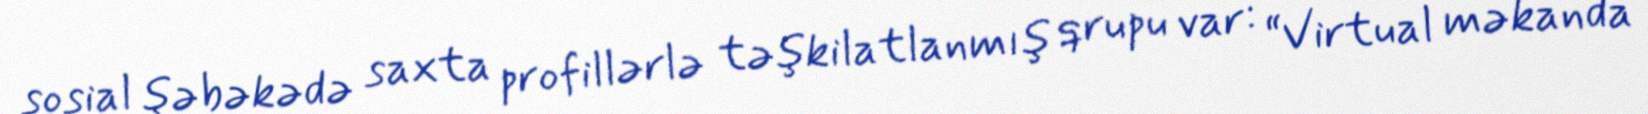
sosial şəbəkədə saxta profillərlə təşkilatlanmış qrupu var: “Virtual məkanda